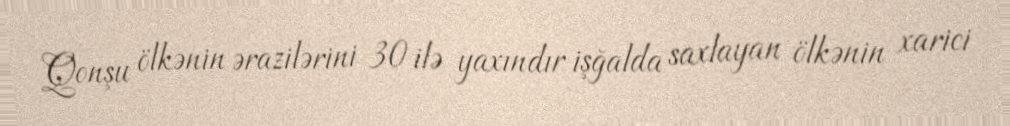
Qonşu ölkənin ərazilərini 30 ilə yaxındır işğalda saxlayan ölkənin xarici